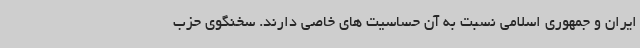
ایران و جمهوری اسلامی نسبت به آن حساسیت های خاصی دارند. سخنگوی حزب